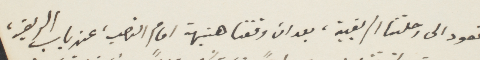
نعود الى رحلتنا الريفية، بعد ان وقفنا هنيهة امام النصب، عند باب الريف،